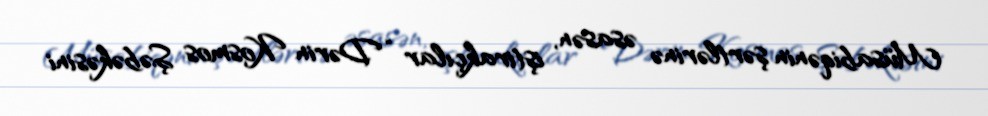
Müsabiqənin şərtlərinə əsasən, iştirakçılar “Dərin Kosmos Şəbəkəsini